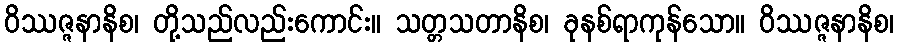
ဝိဿဇ္ဇနာနိစ၊ တို့သည်လည်းကောင်း။ သတ္တသတာနိစ၊ ခုနစ်ရာကုန်သော။ ဝိဿဇ္ဇနာနိစ၊